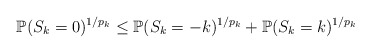
\begin{align*}\mathbb{P}(S_k=0)^{1/p_k} \leq \mathbb{P}(S_k=-k)^{1/p_k} + \mathbb{P}(S_k=k)^{1/p_k}\end{align*}